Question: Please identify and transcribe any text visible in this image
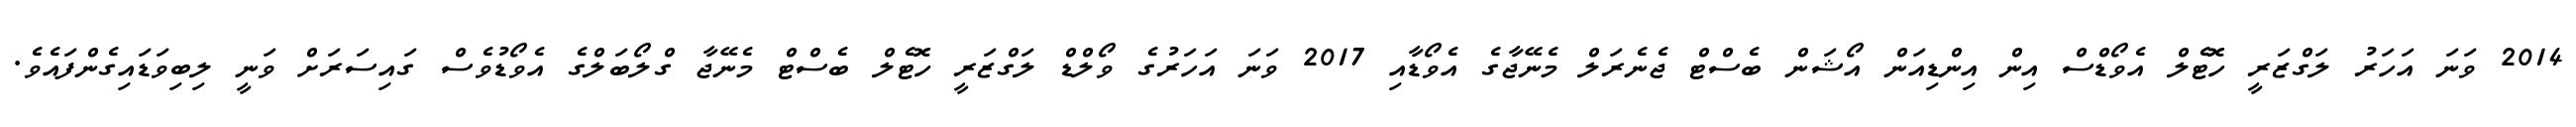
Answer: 2014 ވަނަ އަހަރު ލަގްޒަރީ ހޮޓެލް އެވޯޑްސް އިން އިންޑިއަން އޯޝަން ބެސްޓް ޖެނެރަލް މެނޭޖާގެ އެވޯޑާއި 2017 ވަނަ އަހަރުގެ ވޯލްޑް ލަގްޒަރީ ހޮޓެލް ބެސްޓް މެނޭޖާ ގްލޯބަލްގެ އެވޯޑުވެސް ގައިސަރަށް ވަނީ ލިބިވަޑައިގެންފައެވެ.